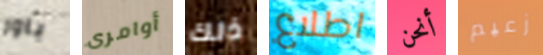
باور أوامرى ذلك اطلاع أنحن زعيم